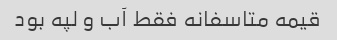
قیمه متاسفانه فقط آب و لپه بود